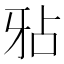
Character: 𤘇